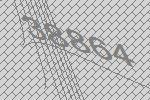
38864